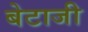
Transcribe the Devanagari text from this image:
बेटाजी